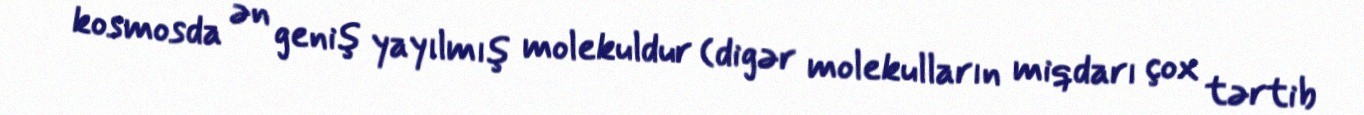
kosmosda ən geniş yayılmış molekuldur (digər molekulların miqdarı çox tərtib